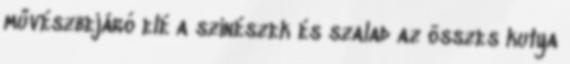
művészbejáró elé a színészek és szalad az összes kutya